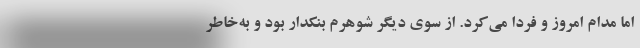
اما مدام امروز و فردا می‌کرد. از سوی دیگر شوهرم بنکدار بود و به‌خاطر